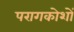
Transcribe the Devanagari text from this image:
परागकोशों